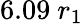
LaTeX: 6.09~r_{1}